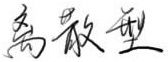
离散型